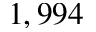
1 , 9 9 4